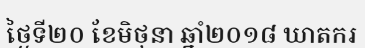
ថ្ងៃទី២០ ខែមិថុនា ឆ្នាំ២០១៨ ឃាតករ